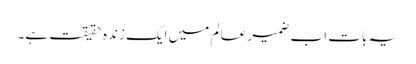
یہ بات اب ضمیرِ عالم میں ایک زندہ حقیقت ہے۔